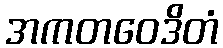
အကတဝေဒိတံ